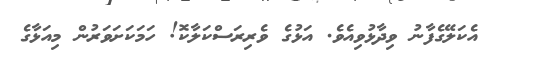
އެކަލޭގެފާނު ވިދާޅުވިއެވެ. އަޅުގެ ވެރިރަސްކަލާކޮ! ހަމަކަށަވަރުން މިއަޅާގެ